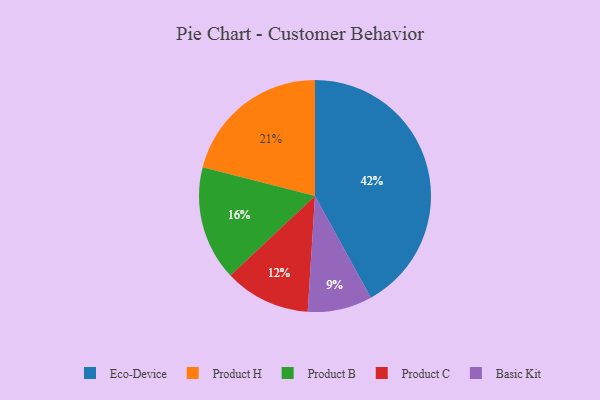
{"axis": {"x": "Category", "y": "Percentage"}, "legend": ["Basic Kit", "Eco-Device", "Product B", "Product C", "Product H"], "data": [{"x": "Eco-Device", "y": 42, "type": "Eco-Device"}, {"x": "Product H", "y": 21, "type": "Product H"}, {"x": "Product C", "y": 12, "type": "Product C"}, {"x": "Product B", "y": 16, "type": "Product B"}, {"x": "Basic Kit", "y": 9, "type": "Basic Kit"}]}